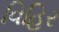
વિહિર